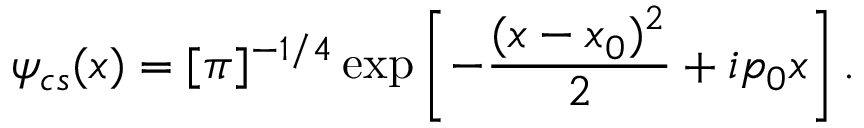
\psi _ { c s } ( x ) = [ \pi ] ^ { - 1 / 4 } \exp \left[ - \frac { ( x - x _ { 0 } ) ^ { 2 } } { 2 } + i p _ { 0 } x \right] .